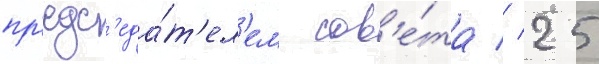
пр'едс'еда́т'ел'ем сов'е́та // 25